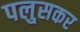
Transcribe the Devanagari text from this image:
पलु्सकर